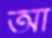
আ